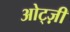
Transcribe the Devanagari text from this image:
ओट्ज़ी